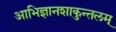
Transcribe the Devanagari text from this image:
आभिज्ञानशाकुन्तलम्